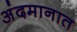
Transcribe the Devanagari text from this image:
अंदमानात